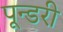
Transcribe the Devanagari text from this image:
पून्डरी